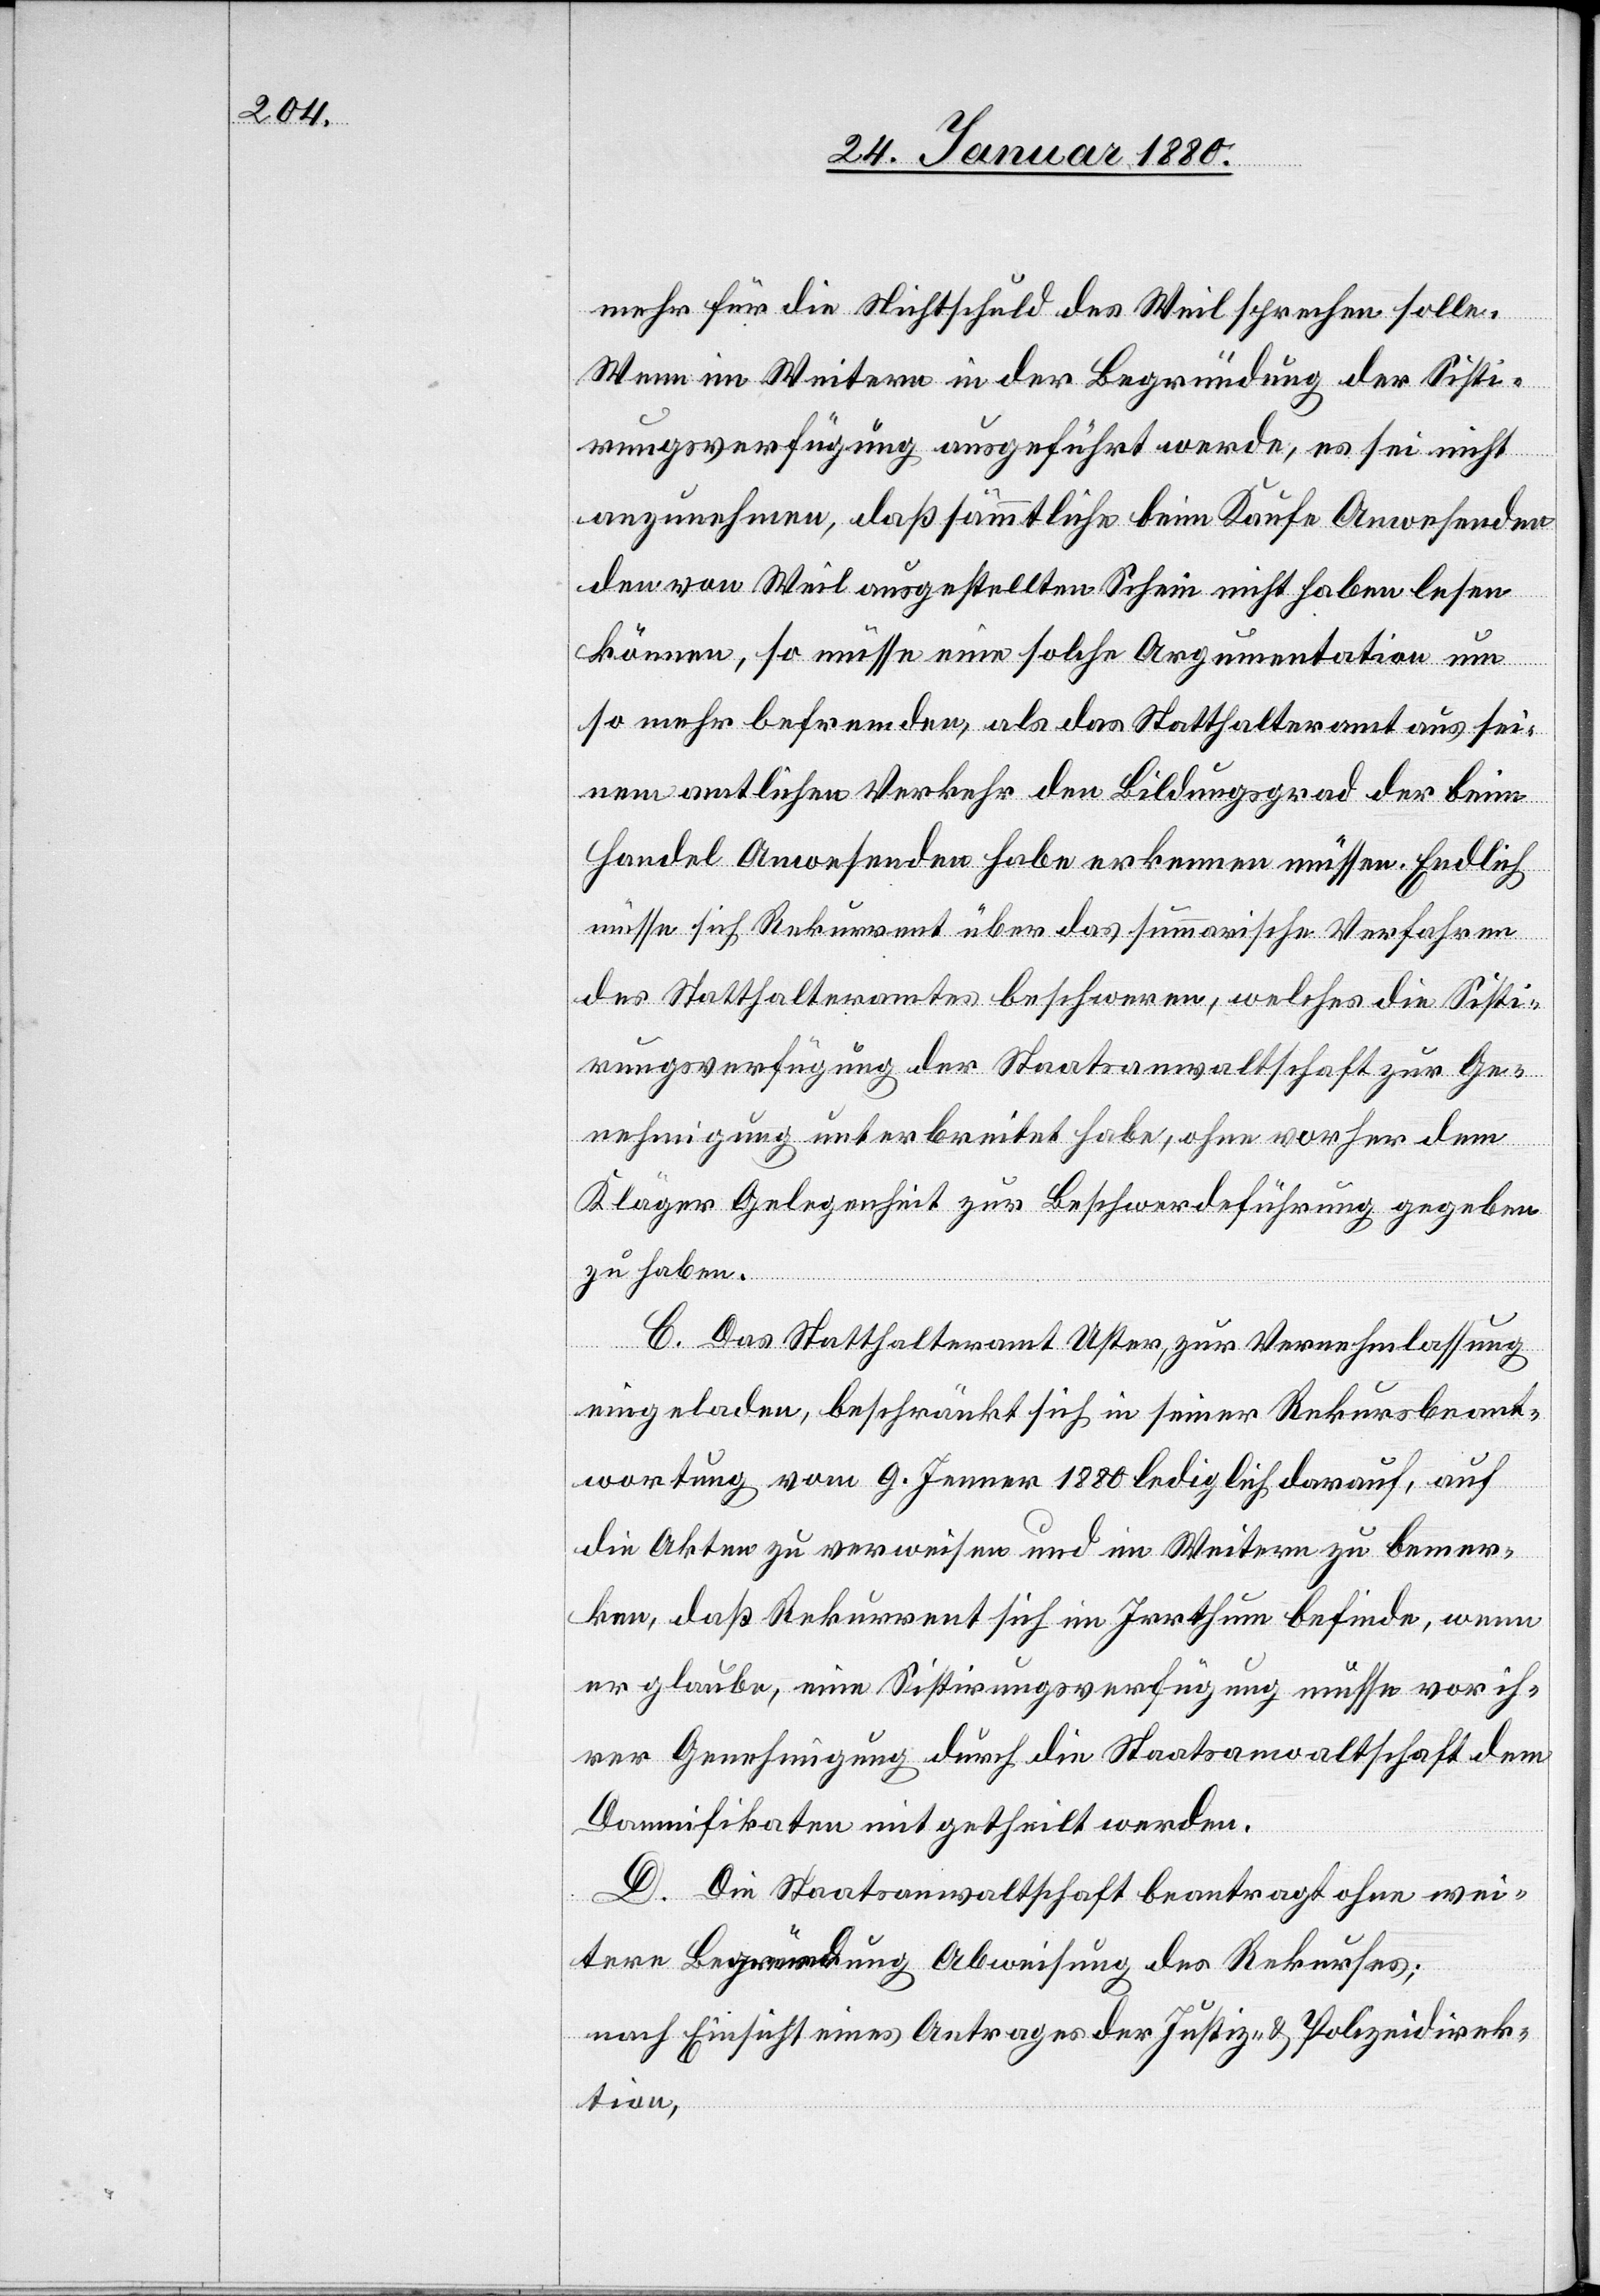
mehr für die Nichtschuld des Weil sprechen solle.
Wenn im Weitern in der Begründung der Sisti¬
rungsverfügung ausgeführt werde, es sei nicht
anzunehmen, daß sämmtliche beim Kaufe Anwesenden
den von Weil ausgestellten Schein nicht haben lesen
können, so müsse eine solche Argumentation um
so mehr befremden, als das Statthalteramt aus sei¬
nem amtlichen Verkehr den Bildungsgrad der beim
Handel Anwesenden habe erkennen müssen. Endlich
müsse sich Rekurrent über das summarische Verfahren
des Statthalteramtes beschweren, welches die Sisti¬
rungsverfügung der Staatsanwaltschaft zur Ge¬
nehmigung unterbreitet habe, ohne vorher dem
Kläger Gelegenheit zur Beschwerdeführung gegeben
zu haben.
D. Das Statthalteramt Uster, zur Vernehmlassung
eingeladen, beschränkt sich in seiner Rekursbeant¬
wortung vom 9. Jenner 1880 lediglich darauf, auf
die Akten zu verweisen und im Weitern zu bemer¬
ken, daß Rekurrent sich im Irrthum befinde, wenn
er glaube, eine Sistirungsverfügung müsse vor ih¬
rer Genehmigung durch die Staatsanwaltschaft dem
Damnifikaten mitgetheilt werden.
D. Die Staatsanwaltschaft beantragt ohne wei¬
tere Begründung Abweisung des Rekurses;
nach Einsicht eines Antrages der Justiz- & Polizeidirek¬
tion,